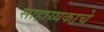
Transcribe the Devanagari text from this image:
साहाय्यकाचे